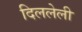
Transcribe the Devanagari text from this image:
दिललेली